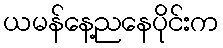
ယမန်နေ့ညနေပိုင်းက